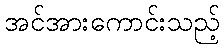
အင်အားကောင်းသည့်